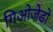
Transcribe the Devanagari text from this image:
गिओजेडो